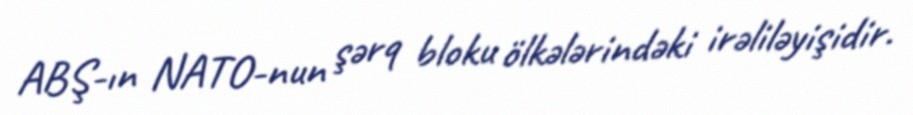
ABŞ-ın NATO-nun şərq bloku ölkələrindəki irəliləyişidir.